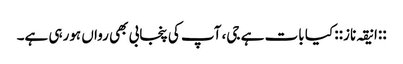
::انیقہ ناز:: کیا بات ہے جی، آپ کی پنجابی بھی رواں ہورہی ہے۔